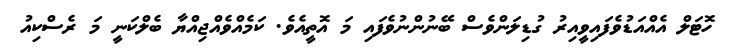
ހޮޓަލް އެއްއަޑުވެފައިވީއިރު ގުޑިލަންވެސް ބޭނުންނުވެފައި މަ އޮތީއެވެ. ކަމެއްވެއްޖިއްޔާ ބެލްކަނީ މަ ރެސްކިއު